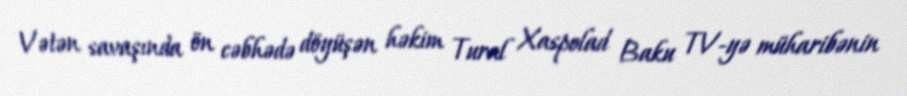
Vətən savaşında ön cəbhədə döyüşən həkim Tural Xaspolad Baku TV-yə müharibənin